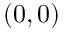
( 0 , 0 )